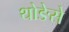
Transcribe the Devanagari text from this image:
थोङेसे